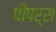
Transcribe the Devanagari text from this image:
पीपर्स